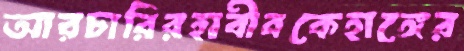
আরচারিরহাবীবকেহাঙ্গের